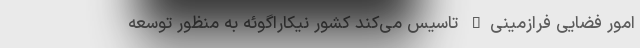
امور فضایی فرازمینی" تاسیس می‌کند کشور نیکاراگوئه به منظور توسعه